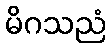
မိဂသညံ